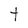
Character: t